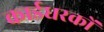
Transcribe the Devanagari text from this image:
कार्डधरकों